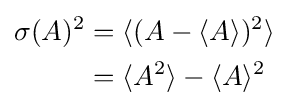
{\begin{aligned}\sigma (A)^{2}&=\langle (A-\langle A\rangle )^{2}\rangle \\&=\langle A^{2}\rangle -\langle A\rangle ^{2}\end{aligned}}